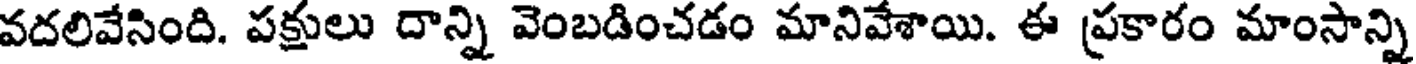
వదలివేసింది. పక్షులు దాన్ని వెంబడించడం మానివేశాయి. ఈ ప్రకారం మాంసాన్ని